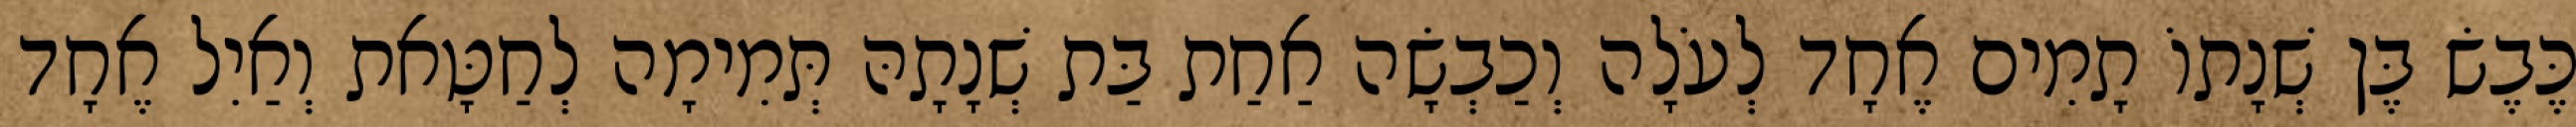
כֶּבֶשׂ בֶּן שְׁנָתוֹ תָמִים אֶחָד לְעֹלָה וְכַבְשָׂה אַחַת בַּת שְׁנָתָהּ תְּמִימָה לְחַטָּאת וְאַיִל אֶחָד